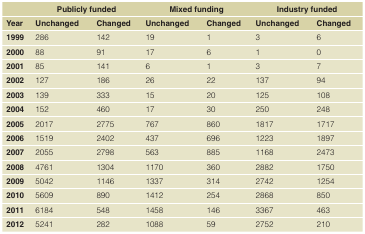
|  | <COLSPAN=2> Publicly funded | <COLSPAN=2> Mixed funding | <COLSPAN=2> Industry funded |
 | Year | Unchanged | Changed | Unchanged | Changed | Unchanged | Changed |
 | --- | --- | --- | --- | --- | --- | --- |
 | 1999 | 286 | 142 | 19 | 1 | 3 | 6 |
 | 2000 | 88 | 91 | 17 | 6 | 1 | 0 |
 | 2001 | 85 | 141 | 6 | 1 | 3 | 7 |
 | 2002 | 127 | 186 | 26 | 22 | 137 | 94 |
 | 2003 | 139 | 333 | 15 | 20 | 125 | 108 |
 | 2004 | 152 | 460 | 17 | 30 | 250 | 248 |
 | 2005 | 2017 | 2775 | 767 | 860 | 1817 | 1717 |
 | 2006 | 1519 | 2402 | 437 | 696 | 1223 | 1897 |
 | 2007 | 2055 | 2798 | 563 | 885 | 1168 | 2473 |
 | 2008 | 4761 | 1304 | 1170 | 360 | 2882 | 1750 |
 | 2009 | 5042 | 1146 | 1337 | 314 | 2742 | 1254 |
 | 2010 | 5609 | 890 | 1412 | 254 | 2868 | 850 |
 | 2011 | 6184 | 548 | 1458 | 146 | 3367 | 463 |
 | 2012 | 5241 | 282 | 1088 | 59 | 2752 | 210 |